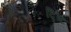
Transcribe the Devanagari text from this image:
द्ष्टि